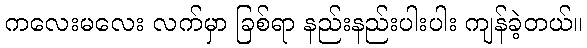
ကလေးမလေး လက်မှာ ခြစ်ရာ နည်းနည်းပါးပါး ကျန်ခဲ့တယ်။